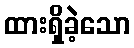
ထားရှိခဲ့သော